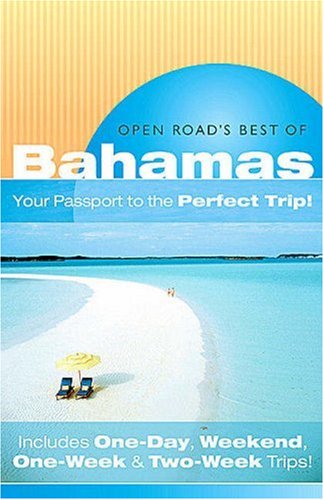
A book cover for Open Road's Best Of The Bahamas: "Your Passport to the Perfect Trip!" and "Includes One-Day, Weekend, One-Week & Two-Week Trips" (Open Road Travel Guides); Ron Charles; Travel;